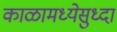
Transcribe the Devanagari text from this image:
काळामध्येसुध्दा